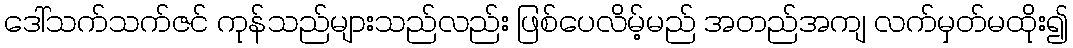
ဒေါ်သက်သက်ဇင် ကုန်သည်များသည်လည်း ဖြစ်ပေလိမ့်မည် အတည်အကျ လက်မှတ်မထိုး၍